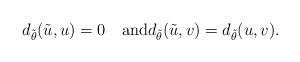
\begin{align*}d_{\tilde{\theta}}(\tilde{u}, u)=0\quad\mbox{and}d_{\tilde{\theta}}(\tilde{u}, v)=d_{\tilde{\theta}}(u, v).\end{align*}